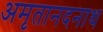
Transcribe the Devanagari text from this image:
अमृतानदनाथ